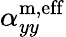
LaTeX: \alpha_{yy}^{\mathrm{m,eff}}